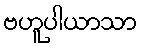
ဗဟူပါယာသာ